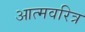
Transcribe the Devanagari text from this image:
आत्मवरित्र